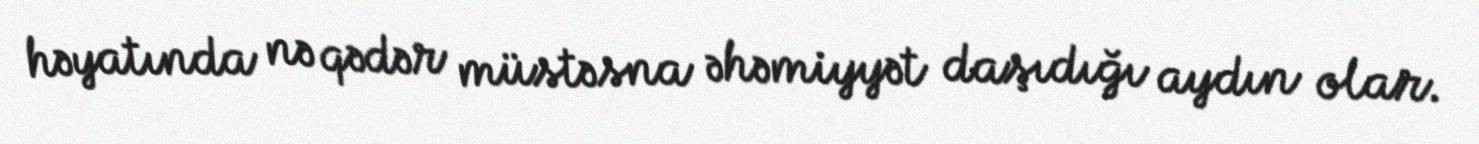
həyatında nə qədər müstəsna əhəmiyyət daşıdığı aydın olar.